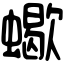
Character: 蠍